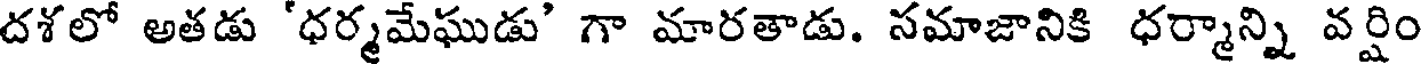
దశలో అతడు 'ధర్మమేఘుడు' గా మారతాడు. సమాజానికి ధర్మాన్ని వర్షిం